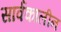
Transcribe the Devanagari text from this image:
सार्वकालीन